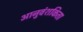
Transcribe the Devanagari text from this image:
आनुवंशकिता